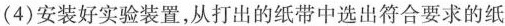
(4)安装好实验装置，从打出的纸带中选出符合要求的纸